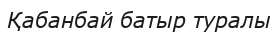
Қабанбай батыр туралы